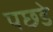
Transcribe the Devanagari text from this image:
पछडे